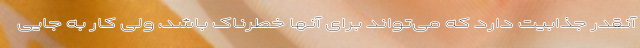
آنقدر جذابیت دارد که می‌تواند برای آنها خطرناک باشد، ولی کار به جایی